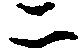
二